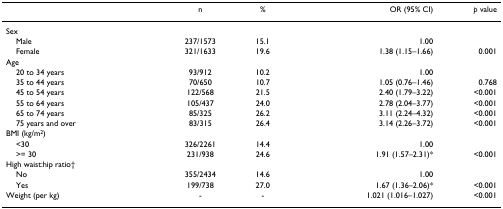
<table><thead><tr><td></td><td><b>n</b></td><td><b>%</b></td><td><b>OR (95% CI)</b></td><td><b><i>p </i>value</b></td></tr></thead><tbody><tr><td>Sex</td><td></td><td></td><td></td><td></td></tr><tr><td> Male</td><td>237/1573</td><td>15.1</td><td>1.00</td><td></td></tr><tr><td> Female</td><td>321/1633</td><td>19.6</td><td>1.38 (1.15–1.66)</td><td>0.001</td></tr><tr><td>Age</td><td></td><td></td><td></td><td></td></tr><tr><td> 20 to 34 years</td><td>93/912</td><td>10.2</td><td>1.00</td><td></td></tr><tr><td> 35 to 44 years</td><td>70/650</td><td>10.7</td><td>1.05 (0.76–1.46)</td><td>0.768</td></tr><tr><td> 45 to 54 years</td><td>122/568</td><td>21.5</td><td>2.40 (1.79–3.22)</td><td>&lt;0.001</td></tr><tr><td> 55 to 64 years</td><td>105/437</td><td>24.0</td><td>2.78 (2.04–3.77)</td><td>&lt;0.001</td></tr><tr><td> 65 to 74 years</td><td>85/325</td><td>26.2</td><td>3.11 (2.24–4.32)</td><td>&lt;0.001</td></tr><tr><td> 75 years and over</td><td>83/315</td><td>26.4</td><td>3.14 (2.26–3.72)</td><td>&lt;0.001</td></tr><tr><td>BMI (kg/m<sup>2</sup>)</td><td></td><td></td><td></td><td></td></tr><tr><td> &lt;30</td><td>326/2261</td><td>14.4</td><td>1.00</td><td></td></tr><tr><td> &gt;= 30</td><td>231/938</td><td>24.6</td><td>1.91 (1.57–2.31)*</td><td>&lt;0.001</td></tr><tr><td>High waist:hip ratio†</td><td></td><td></td><td></td><td></td></tr><tr><td> No</td><td>355/2434</td><td>14.6</td><td>1.00</td><td></td></tr><tr><td> Yes</td><td>199/738</td><td>27.0</td><td>1.67 (1.36–2.06)*</td><td>&lt;0.001</td></tr><tr><td>Weight (per kg)</td><td>-</td><td>-</td><td>1.021 (1.016–1.027)</td><td>&lt;0.001</td></tr></tbody></table>